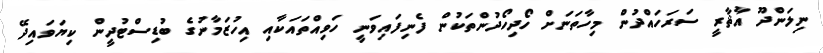
ނިލަންދޫ އާޘާރީ ސަރަހައްދުން މިހާތަނަށް ހޯދިހޯދުންތަކުން ފެނިފައިވަނީ ހަވިއްތައަކާއި އިހުޒަމާނުގެ ބުޑިސްޓުދީން ކިޔަވައިދޭ